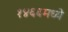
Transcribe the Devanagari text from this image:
१४६६मध्ये